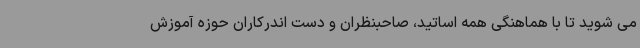
می شوید تا با هماهنگی همه اساتید، صاحبنظران و دست اندرکاران حوزه آموزش